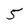
Character: 5